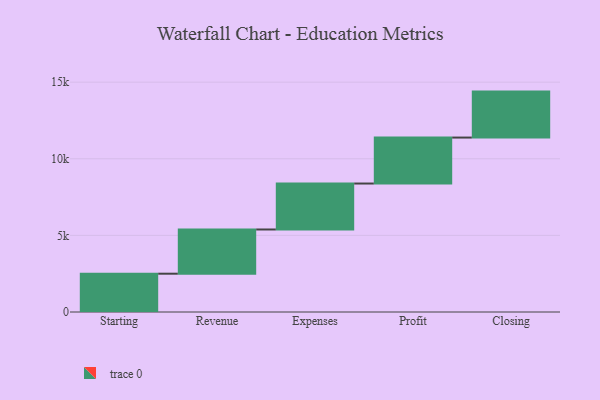
{"axis": {"x": "Step", "y": "Value"}, "legend": [""], "data": [{"x": "Starting", "y": 2500.0, "type": ""}, {"x": "Revenue", "y": 2885.0, "type": ""}, {"x": "Expenses", "y": 3000, "type": ""}, {"x": "Profit", "y": 3000, "type": ""}, {"x": "Closing", "y": 3000, "type": ""}]}